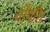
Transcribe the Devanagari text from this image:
नौगाँग